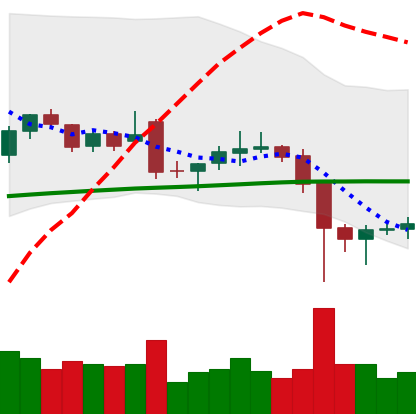
Ticker: LTC-USD
Chart end date: 2021-12-08
Forward return: -12.521%
Label: down_7plus